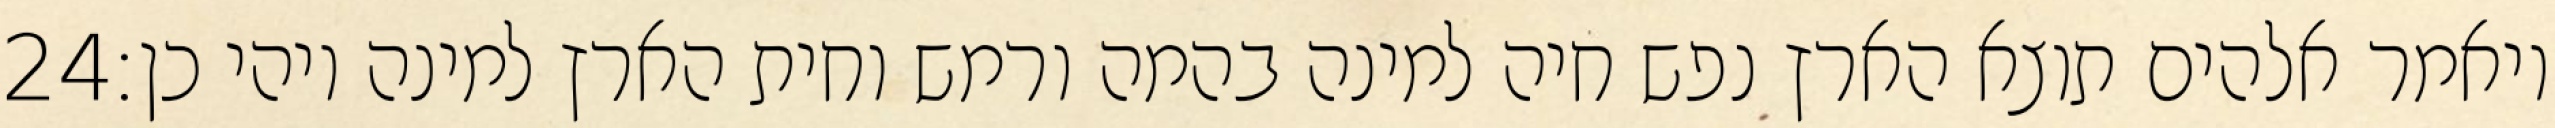
‎24‏ ויאמר אלהים תוצא הארץ נפש חיה למינה בהמה ורמש וחית הארץ למינה ויהי כן׃